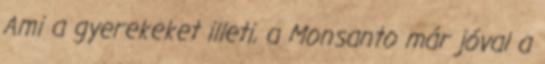
Ami a gyerekeket illeti, a Monsanto már jóval a